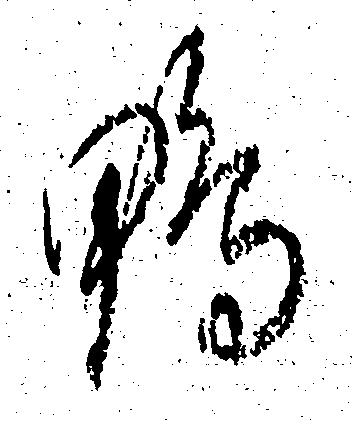
鴨